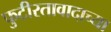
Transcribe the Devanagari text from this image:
फुटीरतावादाच्या